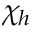
\chi _ { h }